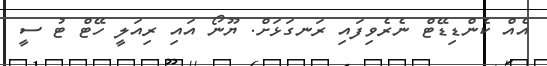
އެއް ކެންޑިޑޭޓް ނެރެވިފައި ރަނގަޅަށް. ޔޫނޯ އައި ރިއަލީ ހޭޓް ޓު ސީ